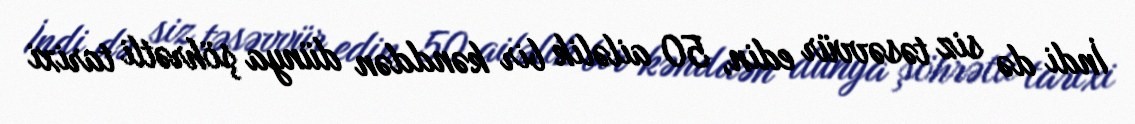
İndi də siz təsəvvür edin, 50 ailəlik bir kənddən dünya şöhrətli tarixi